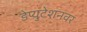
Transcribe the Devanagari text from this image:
डेप्युटेशनवर